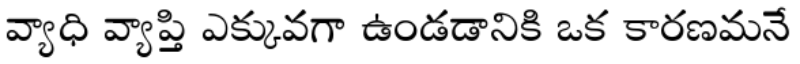
వ్యాధి వ్యాప్తి ఎక్కువగా ఉండడానికి ఒక కారణమనే